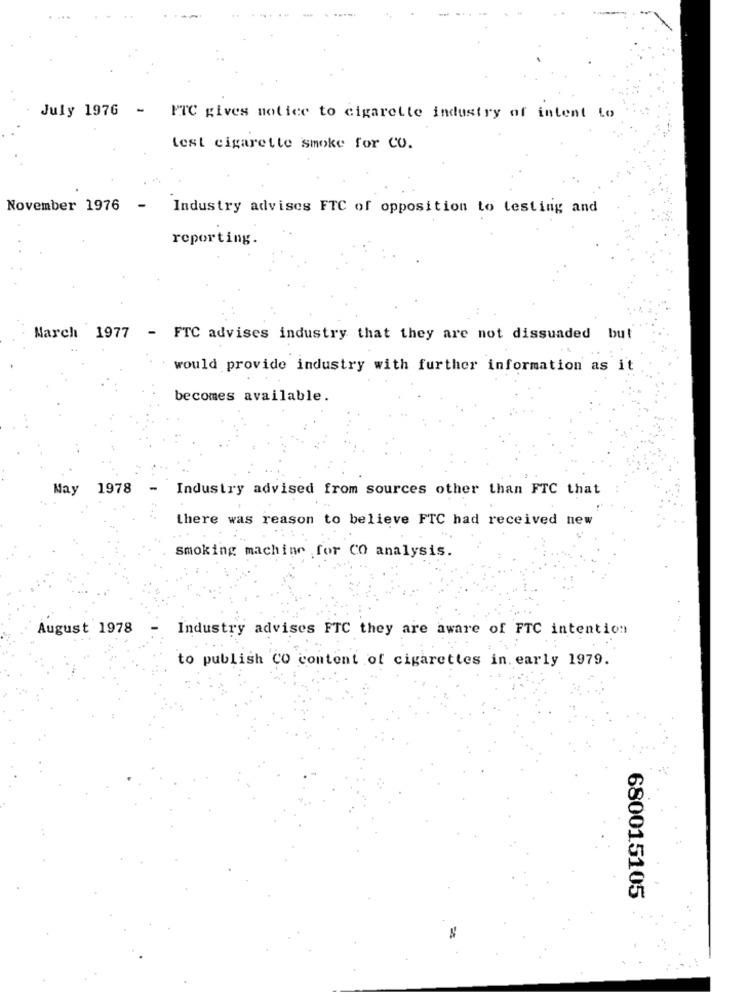
July 1976 - FTC gives notice to cigarette industry of intent to
test cigarette smoke for CO.
November 1976
Industry advises FTC of opposition to testing and
reporting.
March 1977 - FTC advises industry that they are not dissuaded but
would provide industry with further information as it
becomes available.
May
1978
-
Industry advised from sources other than FTC that
there was reason to believe FTC had received new
smoking machine for CO analysis.
August 1978
Industry advises FTC they are aware of FTC intention
to publish CO content of cigarettes in. early 1979.
680015105